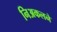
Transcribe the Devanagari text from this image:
निअकलने